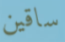
ساقين